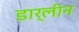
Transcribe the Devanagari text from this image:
डार्लीन